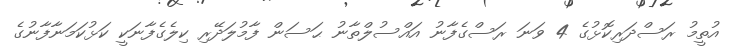
އުތީމު ރަސްދަރިކޮޅުގެ 4 ވަނަ ރަސްގެފާނު އައްސުލްތާނު ޙަސަން ފާމުލަދޭރި ކިލެގެފާނަކީ ކަޅުކަމަނާފާނުގެ